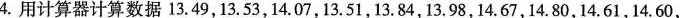
4.用计算器计算数据13.49，13.53，14.07，13.51，13.84，13.98，14.67，14.80，14.61，14.60，